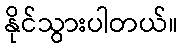
နိုင်သွားပါတယ်။